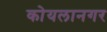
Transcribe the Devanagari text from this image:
कोयलानगर